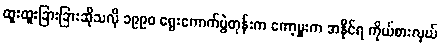
ထူးထူးခြားခြားဆိုသလို ၁၉၉၀ ရွေးကောက်ပွဲတုန်းက ကော့မှူးက အနိုင်ရ ကိုယ်စားလှယ်